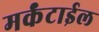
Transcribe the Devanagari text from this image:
मर्कंटाईल